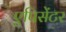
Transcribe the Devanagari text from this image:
एपिसेंटर